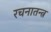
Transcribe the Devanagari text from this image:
रचनातन्त्र